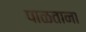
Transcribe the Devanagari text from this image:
पाळताना